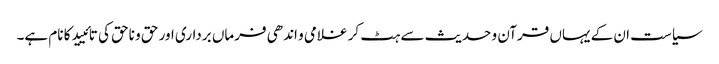
سیاست ان کے یہاں قرآن و حدیث سے ہٹ کر غلامی و اندھی فرماں برداری اور حق و ناحق کی تائیید کا نام ہے۔